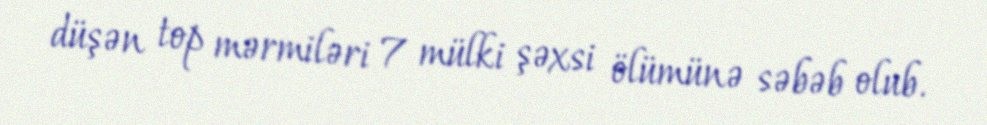
düşən top mərmiləri 7 mülki şəxsi ölümünə səbəb olub.